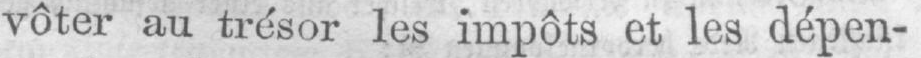
vôter au trésor les impôts et les dépen-